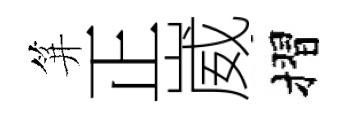
笄正崴摺